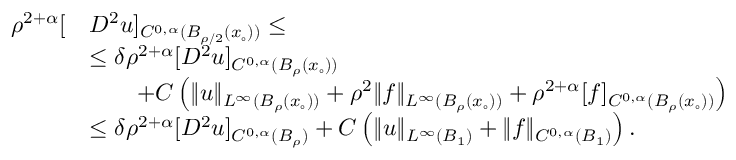
\begin{array} { r l } { \rho ^ { 2 + \alpha } [ } & { D ^ { 2 } u ] _ { C ^ { 0 , \alpha } ( B _ { \rho / 2 } ( x _ { \circ } ) ) } \le } \\ & { \le \delta \rho ^ { 2 + \alpha } [ D ^ { 2 } u ] _ { C ^ { 0 , \alpha } ( B _ { \rho } ( x _ { \circ } ) ) } } \\ & { \qquad + C \left( \| u \| _ { L ^ { \infty } ( B _ { \rho } ( x _ { \circ } ) ) } + \rho ^ { 2 } \| f \| _ { L ^ { \infty } ( B _ { \rho } ( x _ { \circ } ) ) } + \rho ^ { 2 + \alpha } [ f ] _ { C ^ { 0 , \alpha } ( B _ { \rho } ( x _ { \circ } ) ) } \right) } \\ & { \le \delta \rho ^ { 2 + \alpha } [ D ^ { 2 } u ] _ { C ^ { 0 , \alpha } ( B _ { \rho } ) } + C \left( \| u \| _ { L ^ { \infty } ( B _ { 1 } ) } + \| f \| _ { C ^ { 0 , \alpha } ( B _ { 1 } ) } \right) . } \end{array}